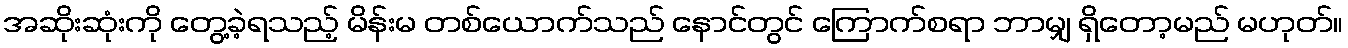
အဆိုးဆုံးကို တွေ့ခဲ့ရသည့် မိန်းမ တစ်ယောက်သည် နောင်တွင် ကြောက်စရာ ဘာမျှ ရှိတော့မည် မဟုတ်။